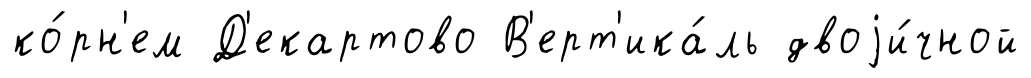
ко́рн'ем Д'екартово В'ерт'ика́ль двоjи́чной